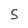
Character: 5